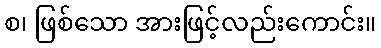
စ၊ ဖြစ်သော အားဖြင့်လည်းကောင်း။